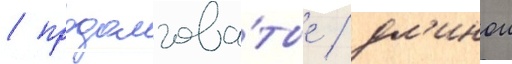
/ продолгова́тые / дл'инои